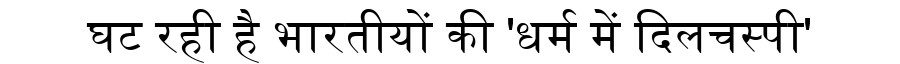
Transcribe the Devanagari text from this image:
घट रही है भारतीयों की 'धर्म में दिलचस्पी'